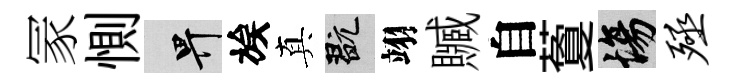
冡惻畀族真玩翊贓自藑場殛